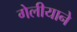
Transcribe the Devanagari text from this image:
गेलीयाने